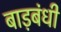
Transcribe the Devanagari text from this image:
बाड़बंधी